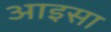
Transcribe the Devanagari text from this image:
आइसा